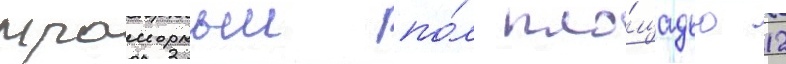
мраморныи по́л пло́щадью 12